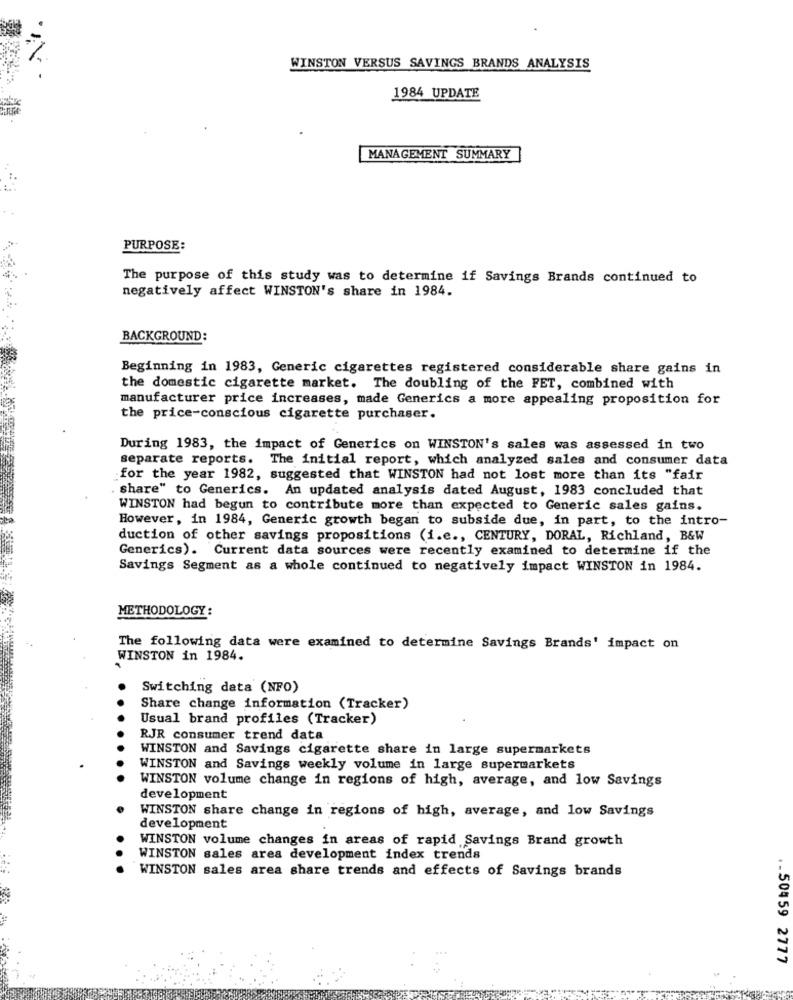
WINSTON VERSUS SAVINGS BRANDS ANALYSIS
1984 UPDATE
MANAGEMENT SUMMARY
PURPOSE:
The purpose of this study was to determine if Savings Brands continued to
negatively affect WINSTON's share in 1984.
BACKGROUND:
Beginning in 1983, Generic cigarettes registered considerable share gains in
the domestic cigarette market. The doubling of the FET, combined with
manufacturer price increases, made Generics a more appealing proposition for
the price-conscious cigarette purchaser.
During 1983, the impact of Generics on WINSTON's sales was assessed in two
separate reports. The initial report, which analyzed sales and consumer data
for the year 1982, suggested that WINSTON had not lost more than its "fair
share" to Generics. An updated analysis dated August, 1983 concluded that
WINSTON had begun to contribute more than expected to Generic sales gains.
However, in 1984, Generic growth began to subside due, in part, to the intro-
duction of other savings propositions (i.e ., CENTURY, DORAL, Richland, B&W
Generics). Current data sources were recently examined to determine if the
Savings Segment as a whole continued to negatively impact WINSTON in 1984.
METHODOLOGY:
The following data were examined to determine Savings Brands' impact on
WINSTON in 1984.
Switching data (NFO)
Share change information (Tracker)
Usual brand profiles (Tracker)
RJR consumer trend data
WINSTON and Savings cigarette share in large supermarkets
WINSTON and Savings weekly volume in large supermarkets
WINSTON volume change in regions of high, average, and low Savings
development
WINSTON share change in regions of high, average, and low Savings
development
WINSTON volume changes in areas of rapid Savings Brand growth
WINSTON sales area development index trends
WINSTON sales area share trends and effects of Savings brands
.. 504 59 2777